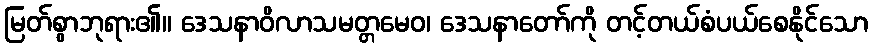
မြတ်စွာဘုရား၏။ ဒေသနာဝိလာသမတ္တမေဝ၊ ဒေသနာတော်ကို တင့်တယ်စံပယ်စေနိုင်သော